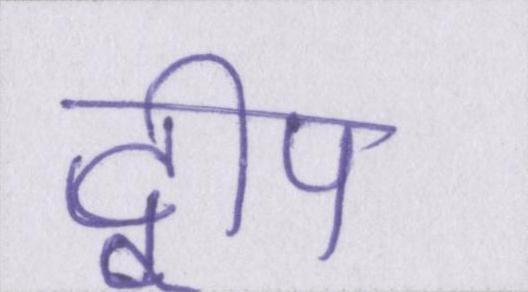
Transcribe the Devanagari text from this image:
द्वीप